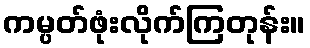
ကမ္ပတ်ဖုံးလိုက်ကြတုန်း။